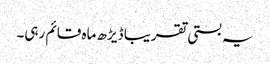
یہ بستی تقریبا ڈیڑھ ماہ قائم رہی۔